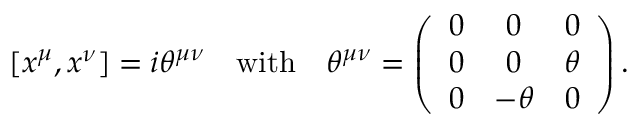
[ x ^ { \mu } , x ^ { \nu } ] = i \theta ^ { \mu \nu } \quad \mathrm { w i t h } \quad \theta ^ { \mu \nu } = \left( \begin{array} { c c c } { { 0 } } & { { 0 } } & { { 0 } } \\ { { 0 } } & { { 0 } } & { { \theta } } \\ { { 0 } } & { { - \theta } } & { { 0 } } \end{array} \right) .